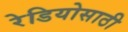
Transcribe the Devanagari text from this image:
रेडियोसाठी